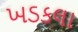
ખડકલા